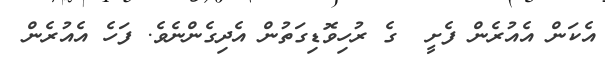
އެކަން އެއުރެން ފެށީ  ގެ ރުހިވޮޑިގަތުން އެދިގެންނެވެ. ފަހެ އެއުރެން